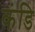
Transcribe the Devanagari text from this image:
कंडि